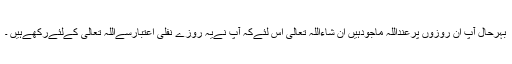
بہرحال آپ ان روزوں پرعنداللہ ماجودہیں ان شاءاللہ تعالی اس لئےکہ آپ نےیہ روزے نفلی اعتبارسےاللہ تعالی کےلئےرکھےہیں ۔